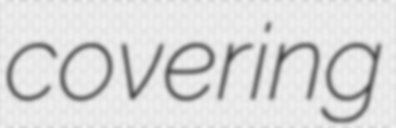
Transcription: covering